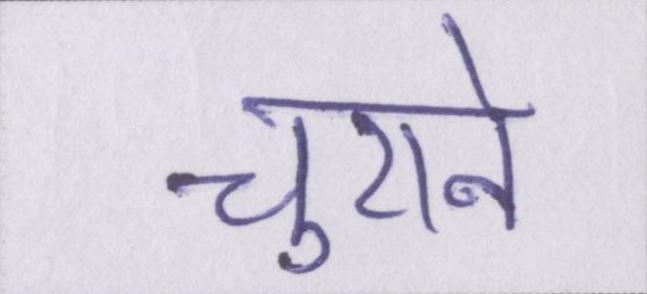
चुराने